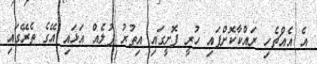
އެ އެއްޗެހި ރައްކާކޮށްފައި ހުރީ ފޮށީގައި އިތުރު ފުލެއް އަޅައި އޭގެ ތެރޭގައި